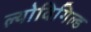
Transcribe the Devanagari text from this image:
ल्योविगिल्ड